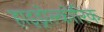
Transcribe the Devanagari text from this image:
हाइड्रोल्कोरिक